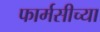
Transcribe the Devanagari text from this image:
फार्मसीच्या